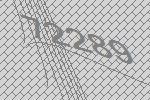
72289